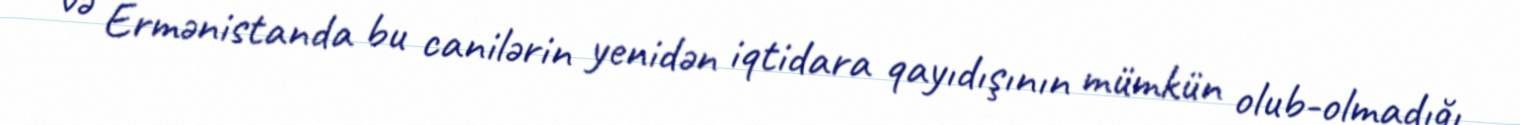
və Ermənistanda bu canilərin yenidən iqtidara qayıdışının mümkün olub-olmadığı